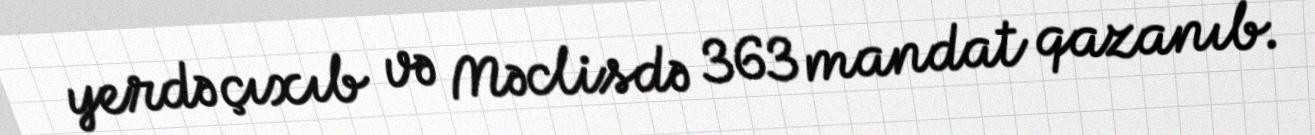
yerdə çıxıb və Məclisdə 363 mandat qazanıb.